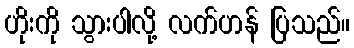
ဟိုးကို သွားပါလို့ လက်ဟန် ပြသည်။